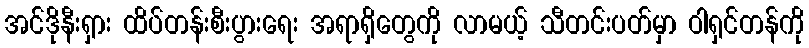
အင်ဒိုနီးရှား ထိပ်တန်းစီးပွားရေး အရာရှိတွေကို လာမယ့် သီတင်းပတ်မှာ ဝါရှင်တန်ကို